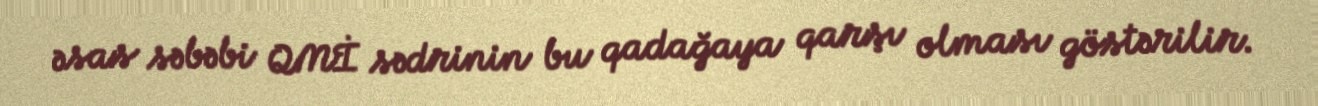
əsas səbəbi QMİ sədrinin bu qadağaya qarşı olması göstərilir.